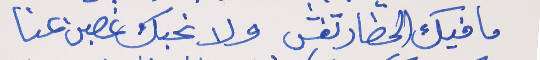
ما فيك الحضار تغش     ولا نحبك غصبن عنا